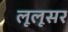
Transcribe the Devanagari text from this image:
लूलूसर